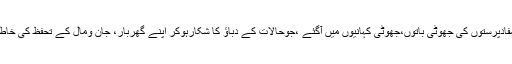
انہوں نے کہاکہ جوساتھی کسی وجہ سے بہک گئے، جنہیں ورغلایا گیا، جو مفادپرستوں کی جھوٹی باتوں،جھوٹی کہانیوں میں آگئے ،جوحالات کے دباؤ کا شکارہوکر اپنے گھربار، جان ومال کے تحفظ کی خاطر انتہائی مجبوری میں چلے گئے وہ بھی اللہ تعالیٰ کے حضور معافی مانگیں۔